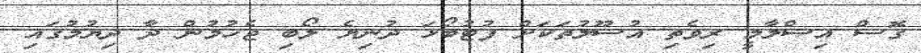
ގޮސް އިސްލާމީ ރިވެތި އުސޫލުތަކަށް ފުޓުބޯޅަ ދުނިޔެ ލޯބި ޖެހުމުން ދާ ދިޔުމުގައި